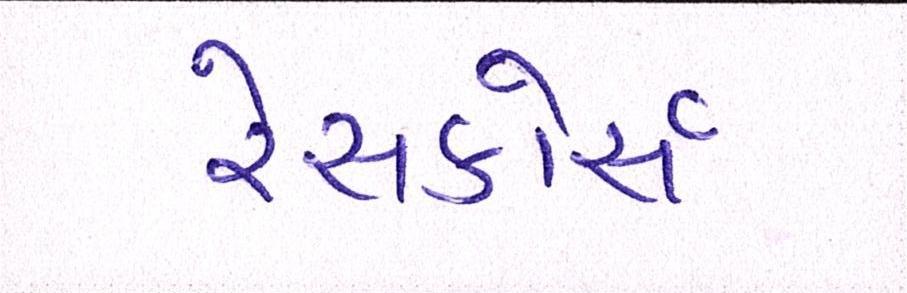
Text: રેસકોર્સ